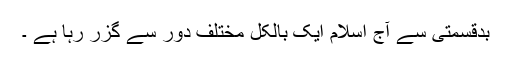
بدقسمتی سے آج اسلام ایک بالکل مختلف دور سے گزر رہا ہے ۔